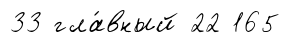
33 гла́вный 22 165